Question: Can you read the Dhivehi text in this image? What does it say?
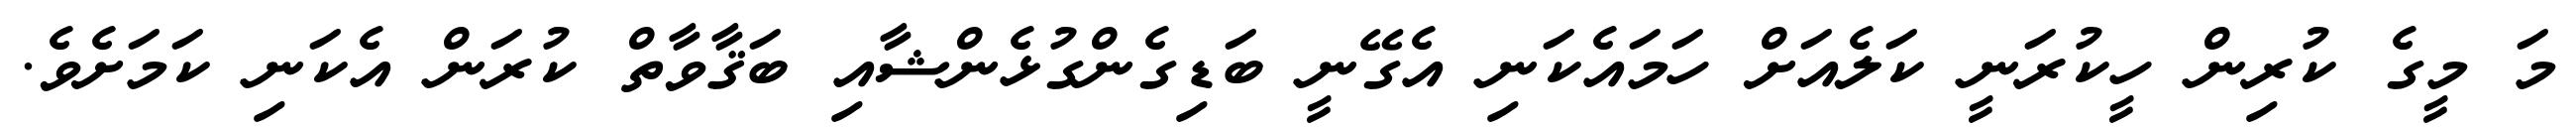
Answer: މަ މީގެ ކުރިން ހީކުރަނީ ކަލެއަށް ހަމައެކަނި އެގޭނީ ބަޑިގެންގުޅެންޝާއި ބަޤާވާތް ކުރަން އެކަނި ކަމަށެވެ.